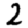
Digit: 2